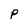
Character: P